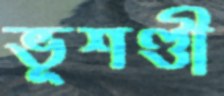
ভূশণ্ডী